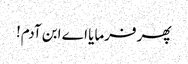
پھر فرمایا اے ابن آدم!